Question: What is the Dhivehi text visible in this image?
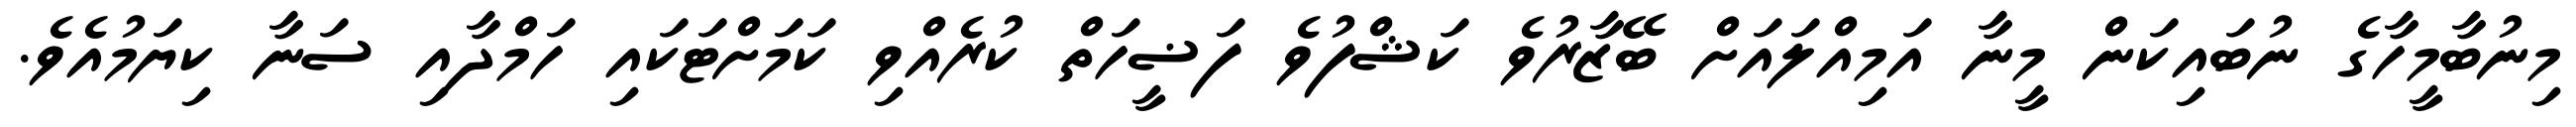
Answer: މިނުބާމީހާގެ ނުބައިކަން މީނާ އަމިއްލައަށް ބޭޒާރުވެ ކަޝްފުވެ ފަޟީހަތް ކުރެއްވި ކަމަށްޓަކައި ހަމްދާއި ސަނާ ކިޔަމުއެވެ.